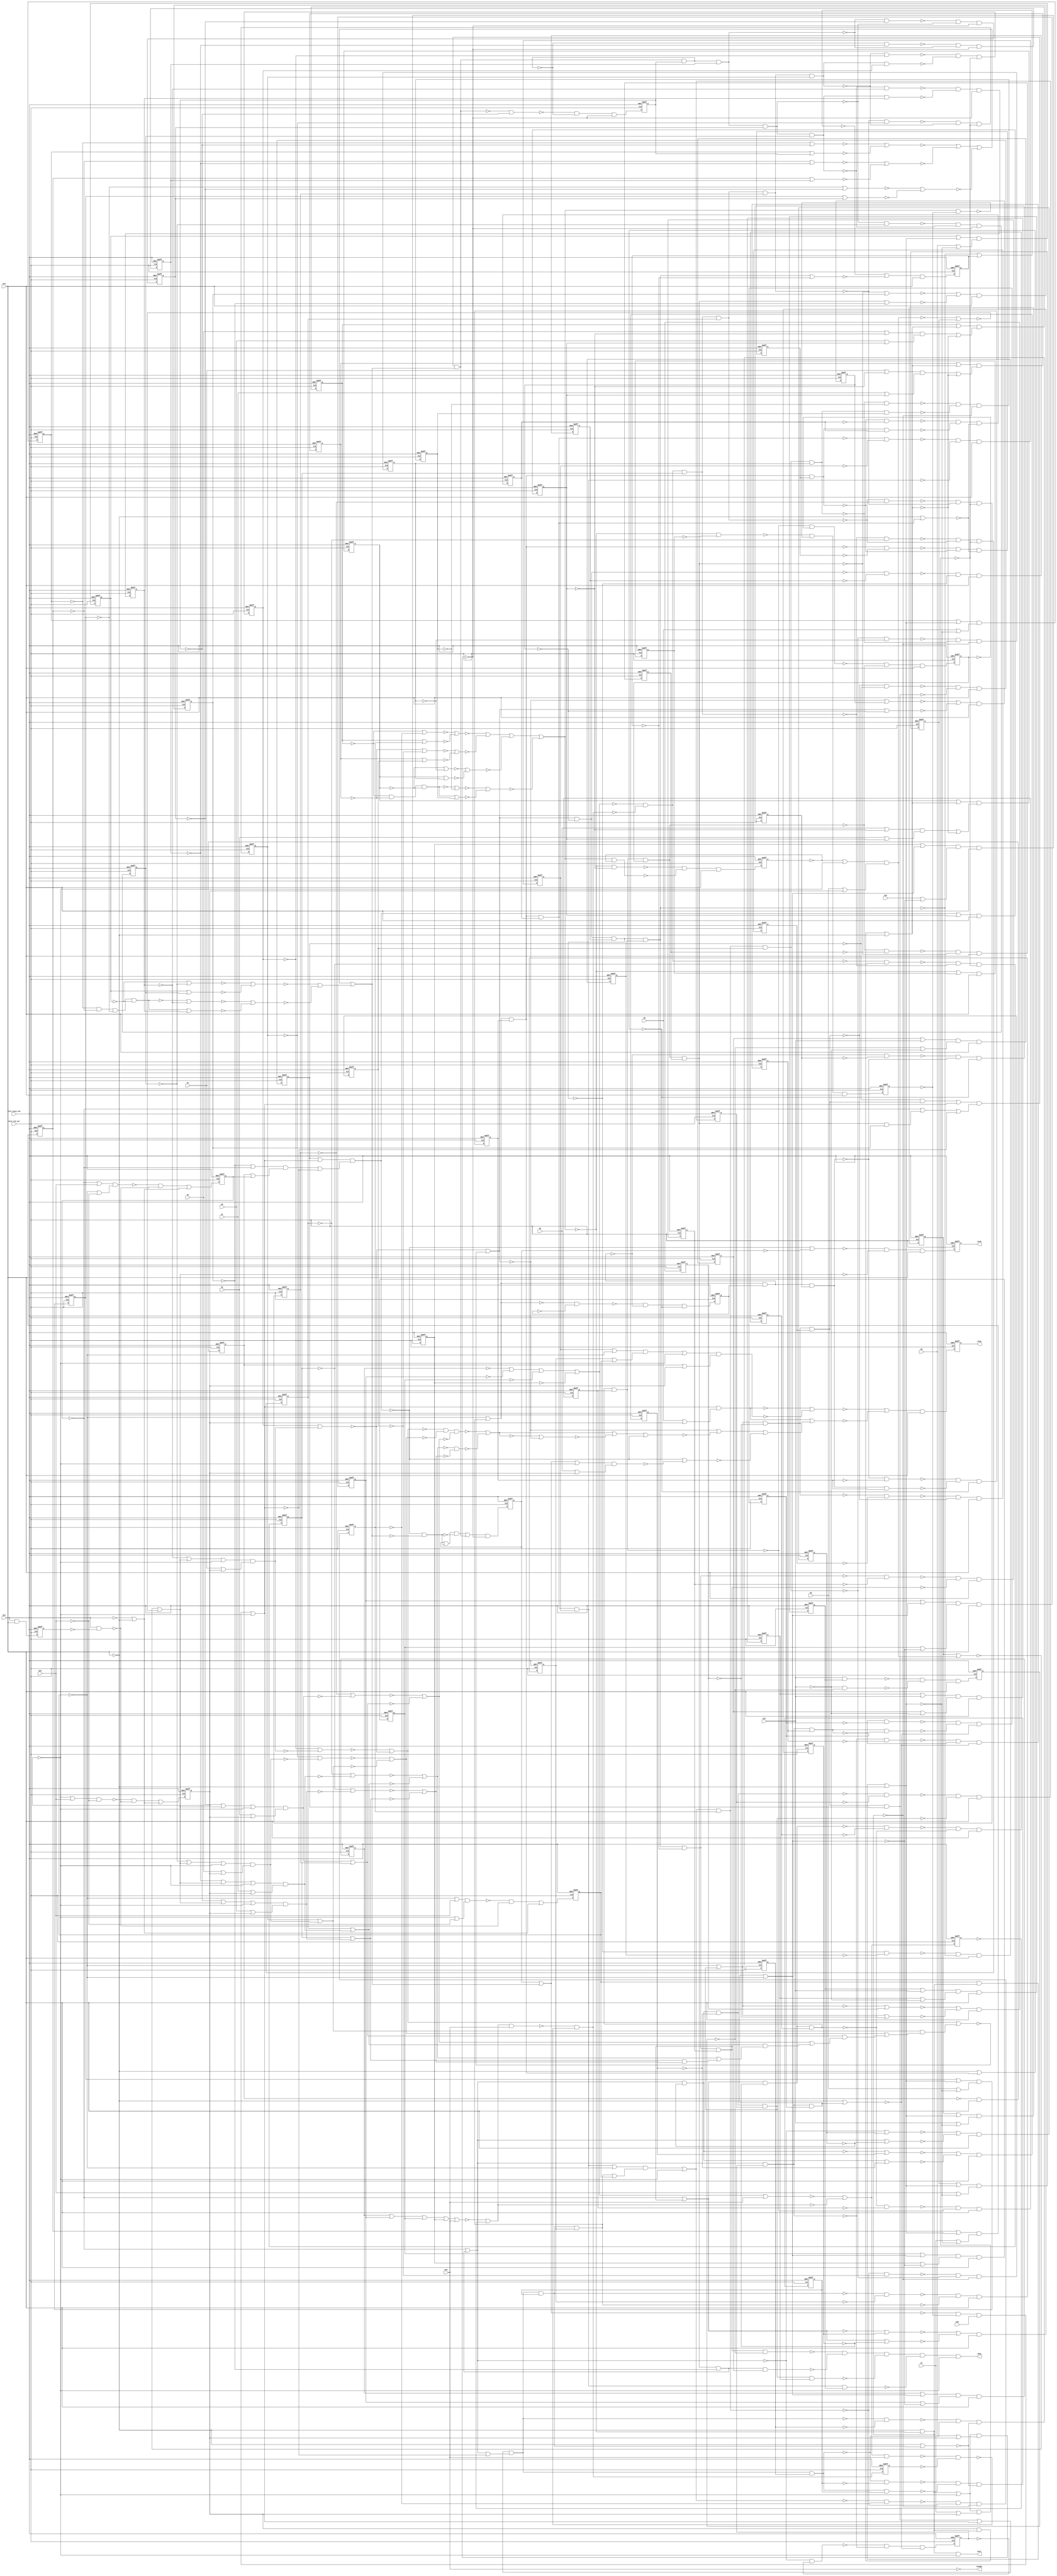
module s1423_bench(
  blif_clk_net,
  blif_reset_net,
  G0,
  G1,
  G2,
  G3,
  G4,
  G5,
  G6,
  G7,
  G8,
  G9,
  G10,
  G11,
  G12,
  G13,
  G14,
  G15,
  G16,
  G726,
  G729,
  G702,
  G727,
  G701BF);
input blif_clk_net;
input blif_reset_net;
input G0;
input G1;
input G2;
input G3;
input G4;
input G5;
input G6;
input G7;
input G8;
input G9;
input G10;
input G11;
input G12;
input G13;
input G14;
input G15;
input G16;
output G726;
output G729;
output G702;
output G727;
output G701BF;
reg G22;
reg G23;
reg G24;
reg G25;
reg G26;
reg G27;
reg G28;
reg G29;
reg G30;
reg G31;
reg G32;
reg G33;
reg G34;
reg G35;
reg G36;
reg G37;
reg G38;
reg G39;
reg G40;
reg G41;
reg G42;
reg G43;
reg G44;
reg G45;
reg G46;
reg G47;
reg G48;
reg G49;
reg G50;
reg G51;
reg G52;
reg G53;
reg G54;
reg G55;
reg G56;
reg G57;
reg G58;
reg G59;
reg G60;
reg G61;
reg G62;
reg G63;
reg G64;
reg G65;
reg G66;
reg G67;
reg G68;
reg G69;
reg G70;
reg G71;
reg G72;
reg G73;
reg G74;
reg G75;
reg G76;
reg G77;
reg G78;
reg G79;
reg G80;
reg G81;
reg G82;
reg G83;
reg G84;
reg G85;
reg G86;
reg G87;
reg G88;
reg G89;
reg G90;
reg G91;
reg G92;
reg G93;
reg G94;
reg G95;
wire G615;
wire G639;
wire G260;
wire G228;
wire G196;
wire G720;
wire G573;
wire G546;
wire G140;
wire G489;
wire G371;
wire G683;
wire G498;
wire G161;
wire G453;
wire G395;
wire G301;
wire G209;
wire G564;
wire G698;
wire G365;
wire G356;
wire G295;
wire G627;
wire G313;
wire G270;
wire G522;
wire G134;
wire G218;
wire G269;
wire G122;
wire G503;
wire G606;
wire G389;
wire G151;
wire G641;
wire G412;
wire G689;
wire G725;
wire G405;
wire G638;
wire G434;
wire G310;
wire II1248;
wire G238;
wire G114;
wire G302;
wire G246;
wire G175;
wire G398;
wire G172;
wire G609;
wire II1254;
wire G617;
wire G421;
wire G714;
wire G490;
wire G510;
wire G341;
wire G373;
wire G213;
wire G661;
wire G465;
wire II1242;
wire G444;
wire G716;
wire G620;
wire G354;
wire G344;
wire G300;
wire G594;
wire G722;
wire G320;
wire G566;
wire G587;
wire G488;
wire G239;
wire G419;
wire G414;
wire G312;
wire G551;
wire G227;
wire G539;
wire II1233;
wire G392;
wire G162;
wire G197;
wire G164;
wire G637;
wire G668;
wire II1267;
wire G359;
wire G364;
wire G404;
wire G141;
wire G499;
wire G123;
wire G642;
wire G343;
wire G268;
wire II1183;
wire G563;
wire G709;
wire G97;
wire G271;
wire G435;
wire G150;
wire G379;
wire G474;
wire G225;
wire G135;
wire G656;
wire G717;
wire G290;
wire G188;
wire G303;
wire G397;
wire G240;
wire G470;
wire G247;
wire G652;
wire G257;
wire G212;
wire G442;
wire G98;
wire G443;
wire G372;
wire G631;
wire G607;
wire G183;
wire G511;
wire G500;
wire G532;
wire G616;
wire G173;
wire G336;
wire G452;
wire G108;
wire G449;
wire G669;
wire G584;
wire G574;
wire G479;
wire G621;
wire G180;
wire G662;
wire G684;
wire G323;
wire G543;
wire G100;
wire G595;
wire G521;
wire G567;
wire G124;
wire G120;
wire G602;
wire G299;
wire G630;
wire G368;
wire G636;
wire G207;
wire G675;
wire G273;
wire G515;
wire G487;
wire G723;
wire G524;
wire G258;
wire G129;
wire II1;
wire G492;
wire G193;
wire G618;
wire G160;
wire G184;
wire G647;
wire G132;
wire G256;
wire G380;
wire G436;
wire G424;
wire G158;
wire G576;
wire G113;
wire G272;
wire G708;
wire G403;
wire G319;
wire G222;
wire G486;
wire II1211;
wire G558;
wire G189;
wire G592;
wire G219;
wire G441;
wire G604;
wire G338;
wire G115;
wire G480;
wire G649;
wire G417;
wire G374;
wire G243;
wire G544;
wire G157;
wire G328BF;
wire G512;
wire II1230;
wire G107;
wire G437;
wire G699;
wire G549;
wire G696;
wire G402;
wire G496;
wire G575;
wire G501;
wire G676;
wire G279;
wire G277;
wire G262;
wire G215;
wire G728;
wire G223;
wire G362;
wire G718;
wire G396;
wire G292;
wire G235;
wire G352;
wire G142;
wire G346;
wire G461;
wire G288;
wire G206;
wire G585;
wire G304;
wire G101;
wire G121;
wire G523;
wire G469;
wire G261;
wire G648;
wire G159;
wire G677;
wire G622;
wire G255;
wire G321;
wire G259;
wire G531;
wire G185;
wire G311;
wire G719;
wire G337;
wire G192;
wire G195;
wire G598;
wire G330;
wire G204;
wire G168;
wire G666;
wire G581;
wire G707;
wire G658;
wire G318;
wire G422;
wire G328;
wire G274;
wire G357;
wire G477;
wire G394;
wire G226;
wire G577;
wire G224;
wire G99;
wire G591;
wire G460;
wire G116;
wire G112;
wire G411;
wire G721;
wire G448;
wire G593;
wire G287;
wire G557;
wire G459;
wire G534;
wire G306;
wire G182;
wire G170;
wire G214;
wire G655;
wire G674;
wire G133;
wire II1257;
wire G242;
wire G440;
wire G345;
wire G550;
wire G513;
wire G401;
wire G232;
wire G686;
wire G194;
wire G605;
wire G497;
wire G667;
wire G514;
wire G278;
wire G695;
wire G701;
wire G491;
wire G305;
wire G143;
wire G429;
wire G355;
wire G472;
wire G565;
wire G106;
wire G706;
wire G178;
wire G333;
wire G381;
wire G645;
wire G167;
wire G430;
wire G234;
wire G462;
wire G291;
wire G361;
wire G590;
wire G640;
wire G138;
wire G690;
wire G438;
wire G541;
wire G623;
wire G217;
wire G200;
wire G456;
wire G353;
wire G254;
wire G191;
wire G105;
wire G144;
wire G700;
wire G670;
wire G678;
wire G329;
wire G710;
wire G147;
wire G580;
wire G493;
wire G297;
wire G117;
wire G560;
wire G506;
wire G610;
wire G447;
wire G694;
wire G600;
wire G485;
wire G176;
wire G578;
wire G210;
wire G457;
wire II1203;
wire G284;
wire G325;
wire G526;
wire G634;
wire G221;
wire G633;
wire G400;
wire G307;
wire G386;
wire G554;
wire G187;
wire G611;
wire G629;
wire G118;
wire G650;
wire G130;
wire G478;
wire G348;
wire G624;
wire G635;
wire G705;
wire G685;
wire G426;
wire G533;
wire G599;
wire G314;
wire G126;
wire G517;
wire G366;
wire G377;
wire G169;
wire G111;
wire II1227;
wire G171;
wire G263;
wire G385;
wire G233;
wire G450;
wire G324;
wire G166;
wire G507;
wire G525;
wire G446;
wire G216;
wire G471;
wire G282;
wire G286;
wire G439;
wire G369;
wire G653;
wire G145;
wire G253;
wire G596;
wire G136;
wire G494;
wire G464;
wire G332;
wire G391;
wire G190;
wire G245;
wire G155;
wire G128;
wire G409;
wire G285;
wire G308;
wire G431;
wire G420;
wire II12;
wire G603;
wire G612;
wire G688;
wire G423;
wire G559;
wire G619;
wire G316;
wire G542;
wire II1251;
wire G104;
wire G458;
wire G360;
wire G484;
wire G579;
wire G384;
wire II1245;
wire G711;
wire G205;
wire G536;
wire G375;
wire G704;
wire G673;
wire G561;
wire G376;
wire G201;
wire G264;
wire II1236;
wire G416;
wire G628;
wire G294;
wire G276;
wire G527;
wire G339;
wire II1264;
wire G509;
wire G625;
wire G547;
wire G553;
wire G127;
wire G156;
wire G657;
wire G252;
wire G332BF;
wire G110;
wire G425;
wire G475;
wire G119;
wire G131;
wire G693;
wire G516;
wire II1239;
wire G331;
wire G418;
wire G347;
wire G665;
wire G363;
wire G583;
wire G413;
wire G495;
wire G552;
wire G315;
wire G463;
wire G481;
wire G244;
wire G445;
wire G597;
wire G351;
wire G556;
wire G427;
wire G236;
wire G393;
wire G692;
wire G613;
wire G248;
wire G660;
wire G137;
wire G165;
wire G538;
wire G529;
wire G383;
wire G483;
wire G432;
wire G697;
wire G504;
wire G342;
wire G174;
wire G467;
wire G378;
wire G309;
wire G146;
wire G198;
wire G289;
wire G703;
wire G408;
wire G562;
wire G387;
wire G680;
wire G671;
wire G632;
wire G251;
wire G163;
wire G148;
wire G687;
wire G588;
wire G664;
wire G715;
wire G153;
wire G519;
wire G681;
wire G230;
wire G283;
wire G103;
wire G326;
wire G601;
wire G644;
wire G570;
wire G177;
wire G208;
wire G211;
wire G548;
wire G724;
wire G672;
wire G626;
wire G293;
wire G265;
wire G410;
wire G267;
wire G275;
wire G406;
wire G646;
wire G520;
wire G679;
wire G335;
wire G281;
wire G322;
wire G202;
wire G582;
wire G358;
wire G508;
wire G712;
wire G535;
wire II1260;
wire G370;
wire G614;
wire G149;
wire G568;
wire G468;
wire G572;
wire G713;
wire G139;
wire G109;
wire G537;
wire G237;
wire G528;
wire G555;
wire G428;
wire G473;
wire G125;
wire G691;
wire G181;
wire G659;
wire G298;
wire G454;
wire G350;
wire G476;
wire G229;
wire G296;
wire G651;
wire G199;
wire G399;
wire G482;
wire G569;
wire G589;
wire G608;
wire G179;
wire G654;
wire G502;
wire G102;
wire G317;
wire G382;
wire G388;
wire G152;
wire G643;
wire G250;
wire G241;
wire G586;
wire G334;
wire G505;
wire G407;
wire G231;
wire G280;
wire G571;
wire II1162;
wire G415;
wire G327;
wire G266;
wire G203;
wire G186;
wire G455;
wire G96;
wire G466;
wire G682;
wire G451;
wire G249;
wire G220;
wire G540;
wire G390;
wire G367;
wire G663;
wire G349;
wire G433;
wire G545;
wire G530;
wire G518;
wire G340;
wire G154;
always @(posedge blif_clk_net or posedge blif_reset_net)
  if(blif_reset_net == 1)
    G22 <= 0;
  else
    G22 <= G332BF;
always @(posedge blif_clk_net or posedge blif_reset_net)
  if(blif_reset_net == 1)
    G23 <= 0;
  else
    G23 <= G328BF;
always @(posedge blif_clk_net or posedge blif_reset_net)
  if(blif_reset_net == 1)
    G24 <= 0;
  else
    G24 <= G109;
always @(posedge blif_clk_net or posedge blif_reset_net)
  if(blif_reset_net == 1)
    G25 <= 0;
  else
    G25 <= G113;
always @(posedge blif_clk_net or posedge blif_reset_net)
  if(blif_reset_net == 1)
    G26 <= 0;
  else
    G26 <= G118;
always @(posedge blif_clk_net or posedge blif_reset_net)
  if(blif_reset_net == 1)
    G27 <= 0;
  else
    G27 <= G125;
always @(posedge blif_clk_net or posedge blif_reset_net)
  if(blif_reset_net == 1)
    G28 <= 0;
  else
    G28 <= G129;
always @(posedge blif_clk_net or posedge blif_reset_net)
  if(blif_reset_net == 1)
    G29 <= 0;
  else
    G29 <= G140;
always @(posedge blif_clk_net or posedge blif_reset_net)
  if(blif_reset_net == 1)
    G30 <= 0;
  else
    G30 <= G144;
always @(posedge blif_clk_net or posedge blif_reset_net)
  if(blif_reset_net == 1)
    G31 <= 0;
  else
    G31 <= G149;
always @(posedge blif_clk_net or posedge blif_reset_net)
  if(blif_reset_net == 1)
    G32 <= 0;
  else
    G32 <= G154;
always @(posedge blif_clk_net or posedge blif_reset_net)
  if(blif_reset_net == 1)
    G33 <= 0;
  else
    G33 <= G159;
always @(posedge blif_clk_net or posedge blif_reset_net)
  if(blif_reset_net == 1)
    G34 <= 0;
  else
    G34 <= G166;
always @(posedge blif_clk_net or posedge blif_reset_net)
  if(blif_reset_net == 1)
    G35 <= 0;
  else
    G35 <= G175;
always @(posedge blif_clk_net or posedge blif_reset_net)
  if(blif_reset_net == 1)
    G36 <= 0;
  else
    G36 <= G189;
always @(posedge blif_clk_net or posedge blif_reset_net)
  if(blif_reset_net == 1)
    G37 <= 0;
  else
    G37 <= G193;
always @(posedge blif_clk_net or posedge blif_reset_net)
  if(blif_reset_net == 1)
    G38 <= 0;
  else
    G38 <= G198;
always @(posedge blif_clk_net or posedge blif_reset_net)
  if(blif_reset_net == 1)
    G39 <= 0;
  else
    G39 <= G208;
always @(posedge blif_clk_net or posedge blif_reset_net)
  if(blif_reset_net == 1)
    G40 <= 0;
  else
    G40 <= G214;
always @(posedge blif_clk_net or posedge blif_reset_net)
  if(blif_reset_net == 1)
    G41 <= 0;
  else
    G41 <= G218;
always @(posedge blif_clk_net or posedge blif_reset_net)
  if(blif_reset_net == 1)
    G42 <= 0;
  else
    G42 <= G237;
always @(posedge blif_clk_net or posedge blif_reset_net)
  if(blif_reset_net == 1)
    G43 <= 0;
  else
    G43 <= G242;
always @(posedge blif_clk_net or posedge blif_reset_net)
  if(blif_reset_net == 1)
    G44 <= 0;
  else
    G44 <= G247;
always @(posedge blif_clk_net or posedge blif_reset_net)
  if(blif_reset_net == 1)
    G45 <= 0;
  else
    G45 <= G252;
always @(posedge blif_clk_net or posedge blif_reset_net)
  if(blif_reset_net == 1)
    G46 <= 0;
  else
    G46 <= G260;
always @(posedge blif_clk_net or posedge blif_reset_net)
  if(blif_reset_net == 1)
    G47 <= 0;
  else
    G47 <= G303;
always @(posedge blif_clk_net or posedge blif_reset_net)
  if(blif_reset_net == 1)
    G48 <= 0;
  else
    G48 <= G309;
always @(posedge blif_clk_net or posedge blif_reset_net)
  if(blif_reset_net == 1)
    G49 <= 0;
  else
    G49 <= G315;
always @(posedge blif_clk_net or posedge blif_reset_net)
  if(blif_reset_net == 1)
    G50 <= 0;
  else
    G50 <= G321;
always @(posedge blif_clk_net or posedge blif_reset_net)
  if(blif_reset_net == 1)
    G51 <= 0;
  else
    G51 <= G360;
always @(posedge blif_clk_net or posedge blif_reset_net)
  if(blif_reset_net == 1)
    G52 <= 0;
  else
    G52 <= G365;
always @(posedge blif_clk_net or posedge blif_reset_net)
  if(blif_reset_net == 1)
    G53 <= 0;
  else
    G53 <= G373;
always @(posedge blif_clk_net or posedge blif_reset_net)
  if(blif_reset_net == 1)
    G54 <= 0;
  else
    G54 <= G379;
always @(posedge blif_clk_net or posedge blif_reset_net)
  if(blif_reset_net == 1)
    G55 <= 0;
  else
    G55 <= G384;
always @(posedge blif_clk_net or posedge blif_reset_net)
  if(blif_reset_net == 1)
    G56 <= 0;
  else
    G56 <= G392;
always @(posedge blif_clk_net or posedge blif_reset_net)
  if(blif_reset_net == 1)
    G57 <= 0;
  else
    G57 <= G397;
always @(posedge blif_clk_net or posedge blif_reset_net)
  if(blif_reset_net == 1)
    G58 <= 0;
  else
    G58 <= G405;
always @(posedge blif_clk_net or posedge blif_reset_net)
  if(blif_reset_net == 1)
    G59 <= 0;
  else
    G59 <= G408;
always @(posedge blif_clk_net or posedge blif_reset_net)
  if(blif_reset_net == 1)
    G60 <= 0;
  else
    G60 <= G416;
always @(posedge blif_clk_net or posedge blif_reset_net)
  if(blif_reset_net == 1)
    G61 <= 0;
  else
    G61 <= G424;
always @(posedge blif_clk_net or posedge blif_reset_net)
  if(blif_reset_net == 1)
    G62 <= 0;
  else
    G62 <= G427;
always @(posedge blif_clk_net or posedge blif_reset_net)
  if(blif_reset_net == 1)
    G63 <= 0;
  else
    G63 <= G438;
always @(posedge blif_clk_net or posedge blif_reset_net)
  if(blif_reset_net == 1)
    G64 <= 0;
  else
    G64 <= G441;
always @(posedge blif_clk_net or posedge blif_reset_net)
  if(blif_reset_net == 1)
    G65 <= 0;
  else
    G65 <= G447;
always @(posedge blif_clk_net or posedge blif_reset_net)
  if(blif_reset_net == 1)
    G66 <= 0;
  else
    G66 <= G451;
always @(posedge blif_clk_net or posedge blif_reset_net)
  if(blif_reset_net == 1)
    G67 <= 0;
  else
    G67 <= G459;
always @(posedge blif_clk_net or posedge blif_reset_net)
  if(blif_reset_net == 1)
    G68 <= 0;
  else
    G68 <= G464;
always @(posedge blif_clk_net or posedge blif_reset_net)
  if(blif_reset_net == 1)
    G69 <= 0;
  else
    G69 <= G469;
always @(posedge blif_clk_net or posedge blif_reset_net)
  if(blif_reset_net == 1)
    G70 <= 0;
  else
    G70 <= G477;
always @(posedge blif_clk_net or posedge blif_reset_net)
  if(blif_reset_net == 1)
    G71 <= 0;
  else
    G71 <= G494;
always @(posedge blif_clk_net or posedge blif_reset_net)
  if(blif_reset_net == 1)
    G72 <= 0;
  else
    G72 <= G498;
always @(posedge blif_clk_net or posedge blif_reset_net)
  if(blif_reset_net == 1)
    G73 <= 0;
  else
    G73 <= G503;
always @(posedge blif_clk_net or posedge blif_reset_net)
  if(blif_reset_net == 1)
    G74 <= 0;
  else
    G74 <= G526;
always @(posedge blif_clk_net or posedge blif_reset_net)
  if(blif_reset_net == 1)
    G75 <= 0;
  else
    G75 <= G531;
always @(posedge blif_clk_net or posedge blif_reset_net)
  if(blif_reset_net == 1)
    G76 <= 0;
  else
    G76 <= G536;
always @(posedge blif_clk_net or posedge blif_reset_net)
  if(blif_reset_net == 1)
    G77 <= 0;
  else
    G77 <= G541;
always @(posedge blif_clk_net or posedge blif_reset_net)
  if(blif_reset_net == 1)
    G78 <= 0;
  else
    G78 <= G548;
always @(posedge blif_clk_net or posedge blif_reset_net)
  if(blif_reset_net == 1)
    G79 <= 0;
  else
    G79 <= G565;
always @(posedge blif_clk_net or posedge blif_reset_net)
  if(blif_reset_net == 1)
    G80 <= 0;
  else
    G80 <= G569;
always @(posedge blif_clk_net or posedge blif_reset_net)
  if(blif_reset_net == 1)
    G81 <= 0;
  else
    G81 <= G573;
always @(posedge blif_clk_net or posedge blif_reset_net)
  if(blif_reset_net == 1)
    G82 <= 0;
  else
    G82 <= G577;
always @(posedge blif_clk_net or posedge blif_reset_net)
  if(blif_reset_net == 1)
    G83 <= 0;
  else
    G83 <= G590;
always @(posedge blif_clk_net or posedge blif_reset_net)
  if(blif_reset_net == 1)
    G84 <= 0;
  else
    G84 <= G608;
always @(posedge blif_clk_net or posedge blif_reset_net)
  if(blif_reset_net == 1)
    G85 <= 0;
  else
    G85 <= G613;
always @(posedge blif_clk_net or posedge blif_reset_net)
  if(blif_reset_net == 1)
    G86 <= 0;
  else
    G86 <= G657;
always @(posedge blif_clk_net or posedge blif_reset_net)
  if(blif_reset_net == 1)
    G87 <= 0;
  else
    G87 <= G663;
always @(posedge blif_clk_net or posedge blif_reset_net)
  if(blif_reset_net == 1)
    G88 <= 0;
  else
    G88 <= G669;
always @(posedge blif_clk_net or posedge blif_reset_net)
  if(blif_reset_net == 1)
    G89 <= 0;
  else
    G89 <= G675;
always @(posedge blif_clk_net or posedge blif_reset_net)
  if(blif_reset_net == 1)
    G90 <= 0;
  else
    G90 <= G682;
always @(posedge blif_clk_net or posedge blif_reset_net)
  if(blif_reset_net == 1)
    G91 <= 0;
  else
    G91 <= G687;
always @(posedge blif_clk_net or posedge blif_reset_net)
  if(blif_reset_net == 1)
    G92 <= 0;
  else
    G92 <= G693;
always @(posedge blif_clk_net or posedge blif_reset_net)
  if(blif_reset_net == 1)
    G93 <= 0;
  else
    G93 <= G705;
always @(posedge blif_clk_net or posedge blif_reset_net)
  if(blif_reset_net == 1)
    G94 <= 0;
  else
    G94 <= G707;
always @(posedge blif_clk_net or posedge blif_reset_net)
  if(blif_reset_net == 1)
    G95 <= 0;
  else
    G95 <= G713;
assign G615 = ((~G616));
assign G639 = (G99)|(G645);
assign G260 = (G256&G258);
assign G228 = (G223&G41);
assign G196 = (G202&G37);
assign G720 = ((~II1242));
assign G573 = (G571&G572);
assign G546 = ((~G553)&(~G78));
assign G140 = (G137&G139);
assign G489 = (G508&G509);
assign G371 = ((~G372));
assign G683 = (G684&G685);
assign G498 = (G496&G497);
assign G161 = ((~G171)&(~G33));
assign G301 = ((~G50))|((~G49))|((~G48))|((~G47));
assign G209 = (G183)|(G210);
assign G453 = (G615&G445);
assign G395 = (G394&G55);
assign G564 = (G715)|(G562);
assign G698 = (G348)|(G695);
assign G365 = (G366&G364);
assign G356 = (G225)|(G355);
assign G295 = (G46)|(G105);
assign G627 = (G476)|(G645);
assign G313 = (G47)|(G311);
assign G270 = ((~G285))|((~G295));
assign G522 = (G348)|(G228);
assign G134 = (G133&G25);
assign G218 = (G219&G217);
assign G269 = ((~G284))|((~G294));
assign G122 = ((~G123))|((~G126));
assign G503 = (G501&G502);
assign G606 = (G84)|(G610);
assign G389 = ((~G395)&(~G56));
assign G151 = ((~G169)&(~G31));
assign G641 = ((~G645));
assign G412 = (G335&G57);
assign G689 = ((~G696));
assign G725 = ((~II1257));
assign G405 = (G401&G403);
assign G638 = ((~G645));
assign G434 = (G342)|(G645);
assign G310 = (G312&G313);
assign G702 = (G703&G645);
assign G238 = ((~G239)&(~G240));
assign II1248 = ((~G2));
assign G114 = ((~G115)&(~G116));
assign G302 = ((~G712));
assign G246 = ((~G259));
assign G175 = (G176&G174);
assign G398 = ((~G399)&(~G400));
assign G172 = (G171&G33);
assign G609 = ((~G610));
assign II1254 = ((~G4));
assign G617 = ((~G645));
assign G421 = ((~G431)&(~G61));
assign G714 = ((~G701));
assign G490 = (G512&G513);
assign G510 = ((~G511));
assign G341 = (G185)|(G339);
assign G373 = (G369&G371);
assign G213 = ((~G712));
assign G661 = ((~G94));
assign G465 = ((~G466)&(~G467));
assign II1242 = ((~G0));
assign G444 = ((~G615)&(~G64));
assign G716 = ((~II1230));
assign G620 = ((~G645));
assign G354 = ((~G355));
assign G344 = (G229)|(G348);
assign G300 = (G50)|(G49)|(G48)|(G47);
assign G594 = (G83)|(G593);
assign G722 = ((~II1248));
assign G320 = ((~G712));
assign G566 = ((~G610));
assign G587 = (G561)|(G78);
assign G488 = (G505&G506);
assign G239 = ((~G299)&(~G42));
assign G419 = (G358&G60);
assign G414 = (G413&G59);
assign G312 = (G48)|(G324);
assign G551 = (G550&G75);
assign G227 = (G172&G178);
assign G539 = (G551&G76);
assign II1233 = ((~G8));
assign G392 = (G388&G390);
assign G162 = (G171&G33);
assign G197 = ((~G712));
assign G164 = ((~G172))|((~G178));
assign G637 = (G722)|(G635);
assign G668 = ((~G712));
assign II1267 = ((~G95));
assign G359 = ((~G372));
assign G364 = ((~G372));
assign G404 = (G712)|(G413);
assign G141 = (G177)|(G142);
assign G499 = ((~G500));
assign G123 = ((~G135))|((~G127));
assign G642 = (G100)|(G645);
assign G343 = ((~G348));
assign G268 = ((~G288))|((~G293));
assign II1183 = ((~G11));
assign G563 = (G79)|(G610);
assign G97 = ((~G75))|((~G596));
assign G709 = (G678&G89);
assign G271 = (G275&G266);
assign G435 = (G340&G341);
assign G150 = ((~G151)&(~G152));
assign G379 = (G380&G378);
assign G474 = ((~G481)&(~G70));
assign G225 = (G204&G203);
assign G135 = (G134&G26);
assign G656 = ((~G712));
assign G717 = ((~II1233));
assign G290 = ((~G267)&(~G266));
assign G188 = ((~G712));
assign G303 = (G304&G302);
assign G397 = (G398&G396);
assign G240 = (G299&G42);
assign G470 = ((~G471)&(~G472));
assign G247 = (G248&G246);
assign G652 = (G228&G88);
assign G257 = ((~G265)&(~G46));
assign G212 = ((~G222))|((~G216));
assign G442 = ((~G443)&(~G444));
assign G98 = ((~G76))|((~G596));
assign G443 = (G615&G511);
assign G372 = (G712)|(G358);
assign G607 = (G696)|(G605);
assign G631 = (G720)|(G629);
assign G183 = (G180)|(G227);
assign G511 = ((~G63));
assign G500 = (G654)|(G712);
assign G532 = ((~G533)&(~G534));
assign G616 = ((~G482))|((~G483))|((~G484))|((~G485));
assign G452 = ((~G453)&(~G454));
assign G173 = (G172&G34);
assign G336 = ((~G355));
assign G108 = ((~G712));
assign G449 = ((~G66));
assign G669 = (G670&G668);
assign G584 = (G80)|(G75);
assign G574 = ((~G610));
assign G621 = (G614)|(G645);
assign G479 = (G434&G67);
assign G180 = ((~G92));
assign G662 = ((~G712));
assign G684 = (G645)|(G696);
assign G323 = ((~G324));
assign G543 = ((~G552)&(~G77));
assign G100 = ((~G78))|((~G596));
assign G595 = ((~G593));
assign G521 = (G487)|(G70);
assign G567 = (G80)|(G610);
assign G124 = ((~G712));
assign G120 = ((~G134)&(~G26));
assign G602 = (G85)|(G601);
assign G299 = ((~G301)&(~G328));
assign G630 = (G96)|(G645);
assign G368 = (G375&G52);
assign G636 = (G98)|(G645);
assign G207 = ((~G712));
assign G675 = (G676&G674);
assign G273 = (G278&G279);
assign G515 = ((~G72))|((~G68));
assign G487 = ((~G71)&(~G72)&(~G73));
assign G524 = (G554)|(G555);
assign G723 = ((~II1251));
assign G258 = ((~G259));
assign G129 = (G130&G128);
assign II1 = ((~G332));
assign G492 = (G71)|(G500);
assign G193 = (G194&G192);
assign G618 = (G457)|(G645);
assign G160 = ((~G161)&(~G162));
assign G184 = (G180)|(G173);
assign G647 = (G725)|(G644);
assign G256 = ((~G257)&(~G261));
assign G132 = (G136&G28);
assign G380 = ((~G381)&(~G382));
assign G436 = (G352&G353);
assign G424 = (G420&G422);
assign G158 = ((~G712));
assign G576 = (G718)|(G574);
assign G113 = (G114&G112);
assign G708 = ((~G709)&(~G710));
assign G272 = (G276&G277);
assign G403 = ((~G404));
assign G319 = (G48)|(G317);
assign G222 = (G183&G210);
assign G486 = ((~G712));
assign II1211 = ((~G701));
assign G558 = ((~G580))|((~G585));
assign G189 = (G186&G188);
assign G592 = (G594&G595);
assign G219 = ((~G220)&(~G221));
assign G441 = (G442&G440);
assign G604 = (G433&G524);
assign G338 = (G183)|(G336);
assign G115 = ((~G133)&(~G25));
assign G480 = (G479&G68);
assign G649 = (G618&G619);
assign G417 = ((~G418)&(~G419));
assign G374 = (G376&G53);
assign G243 = ((~G244)&(~G245));
assign G544 = (G552&G77);
assign G157 = (G170&G32);
assign G328BF = ((~II12));
assign G512 = (G725)|(G511);
assign G701BF = ((~II1211));
assign II1230 = ((~G7));
assign G107 = ((~G700))|((~G111));
assign G437 = ((~G712));
assign G699 = (G658)|(G712);
assign G549 = (G553&G78);
assign G696 = ((~II1203));
assign G402 = ((~G412)&(~G58));
assign G496 = (G72)|(G500);
assign G575 = (G82)|(G610);
assign G501 = (G73)|(G500);
assign G676 = (G679&G680);
assign G279 = (G268)|(G272);
assign G215 = (G222)|(G216);
assign G277 = (G267)|(G271);
assign G262 = (G299&G42);
assign G728 = ((~II1264));
assign G223 = (G222&G216);
assign G362 = ((~G523)&(~G51));
assign G718 = ((~II1236));
assign G396 = ((~G404));
assign G292 = (G43)|(G102);
assign G235 = (G649)|(G233);
assign G352 = (G346)|(G645);
assign G142 = ((~G29));
assign G346 = (G349&G350);
assign G461 = ((~G434)&(~G67));
assign G288 = ((~G44))|((~G103));
assign G206 = ((~G183))|((~G210));
assign G585 = (G81)|(G76);
assign G304 = (G306&G307);
assign G101 = (G630&G631);
assign G121 = (G134&G26);
assign G523 = (G348)|(G414);
assign G469 = (G470&G468);
assign G261 = (G265&G46);
assign G648 = (G646&G647);
assign G159 = (G160&G158);
assign G622 = (G717)|(G620);
assign G677 = ((~G678));
assign G255 = (G264&G45);
assign G321 = (G322&G320);
assign G259 = (G624&G625);
assign G531 = (G532&G530);
assign G185 = (G181&G182);
assign G311 = ((~G324));
assign G719 = ((~II1239));
assign G337 = (G224)|(G355);
assign G192 = ((~G712));
assign G195 = ((~G202)&(~G37));
assign G598 = ((~G435))|((~G83));
assign G330 = (G332&G714);
assign G204 = ((~G38));
assign G168 = (G177&G142);
assign G666 = (G87)|(G678);
assign G581 = ((~G82))|((~G77));
assign G707 = (G708&G706);
assign G658 = ((~G659));
assign G318 = (G49)|(G324);
assign G422 = ((~G423));
assign G328 = ((~G329)&(~G327));
assign G274 = (G280&G281);
assign G357 = (G184)|(G354);
assign G477 = (G473&G475);
assign G394 = (G183&G54);
assign G226 = (G136&G28);
assign G577 = (G575&G576);
assign G224 = (G203&G38);
assign G99 = ((~G77))|((~G596));
assign G591 = (G592)|(G604);
assign G460 = ((~G461)&(~G462));
assign G116 = (G133&G25);
assign G112 = ((~G712));
assign G411 = (G413&G59);
assign G721 = ((~II1245));
assign G448 = (G615)|(G65);
assign G593 = ((~G435)&(~G524));
assign G287 = ((~G43))|((~G102));
assign G557 = ((~G579))|((~G584));
assign G459 = (G460&G458);
assign G534 = (G550&G75);
assign G306 = (G47)|(G324);
assign G182 = (G35)|(G179);
assign G170 = (G169&G31);
assign G214 = (G211&G213);
assign G655 = (G91&G476);
assign G674 = ((~G712));
assign G133 = (G700&G111);
assign II1257 = ((~G5));
assign G242 = (G243&G241);
assign G440 = ((~G712));
assign G345 = (G414)|(G343);
assign G550 = (G604&G74);
assign G513 = (G722)|(G510);
assign G401 = ((~G402)&(~G406));
assign G232 = ((~G296))|((~G298))|((~G435));
assign G686 = ((~G688)&(~G660));
assign G194 = ((~G195)&(~G196));
assign G497 = (G489)|(G495);
assign G605 = ((~G610));
assign G667 = (G661)|(G665);
assign G514 = ((~G71))|((~G67));
assign G278 = (G103)|(G44);
assign G695 = ((~G696));
assign G701 = ((~G15));
assign G491 = ((~G500));
assign G305 = ((~G324));
assign G143 = ((~G712));
assign G429 = ((~G432)&(~G62));
assign G355 = (G457)|(G645);
assign G472 = (G480&G69);
assign G565 = (G563&G564);
assign G106 = ((~G107))|((~G110));
assign G706 = ((~G712));
assign G178 = ((~G34));
assign G333 = (G300)|(G714);
assign G381 = ((~G183)&(~G54));
assign G645 = ((~G90));
assign G167 = (G172)|(G178);
assign G430 = (G432&G62);
assign G234 = ((~G649))|((~G436));
assign G291 = (G42)|(G101);
assign G361 = ((~G362)&(~G363));
assign G462 = (G434&G67);
assign G590 = (G591&G588);
assign G640 = (G723)|(G638);
assign G138 = ((~G177))|((~G142));
assign G690 = (G348)|(G696);
assign G438 = (G439&G437);
assign G541 = (G542&G540);
assign G623 = ((~G645));
assign G217 = ((~G712));
assign G200 = ((~G203)&(~G38));
assign G456 = (G83)|(G524);
assign G254 = ((~G264)&(~G45));
assign G353 = (G35)|(G351);
assign G191 = ((~G36));
assign G105 = (G642&G643);
assign G144 = (G145&G143);
assign G700 = ((~G282))|((~G283));
assign G670 = (G672&G673);
assign G678 = ((~II1183));
assign G329 = (G331&G714);
assign G710 = ((~G678)&(~G94));
assign G147 = (G168&G30);
assign G580 = ((~G81))|((~G76));
assign G493 = (G488)|(G491);
assign G297 = ((~G289))|((~G290));
assign G117 = ((~G712));
assign G560 = ((~G582))|((~G587));
assign G506 = (G720)|(G504);
assign G610 = (G655)|(G712);
assign G447 = (G448&G446);
assign G485 = ((~G517))|((~G521));
assign G694 = (G697&G698);
assign G600 = ((~G601));
assign G176 = ((~G35));
assign G578 = ((~G79))|((~G74));
assign G210 = ((~G39));
assign G457 = (G455&G449&G728);
assign II1203 = ((~G10));
assign G284 = ((~G45))|((~G104));
assign G526 = (G527&G525);
assign G325 = (G50)|(G324);
assign G634 = (G721)|(G632);
assign G221 = (G223&G41);
assign G633 = (G97)|(G645);
assign G400 = (G335&G57);
assign G307 = (G719)|(G305);
assign G386 = ((~G394)&(~G55));
assign G554 = ((~G556))|((~G557))|((~G558));
assign G187 = ((~G522))|((~G191));
assign G629 = ((~G645));
assign G611 = (G85)|(G610);
assign G118 = (G119&G117);
assign G650 = (G226&G661);
assign G130 = ((~G131)&(~G132));
assign G348 = ((~G91));
assign G478 = (G481&G70);
assign G624 = (G476)|(G645);
assign G635 = ((~G645));
assign G705 = (G230&G704);
assign G685 = ((~G696));
assign G426 = ((~G712));
assign G533 = ((~G550)&(~G75));
assign G599 = ((~G598)&(~G597));
assign G126 = (G135)|(G127);
assign G314 = ((~G712));
assign G517 = ((~G487))|((~G70));
assign G366 = ((~G367)&(~G368));
assign G377 = (G183&G54&G56);
assign G169 = (G168&G30);
assign G111 = ((~G24));
assign II1227 = ((~G6));
assign G171 = (G170&G32);
assign G263 = (G262&G43);
assign G385 = ((~G386)&(~G387));
assign G233 = ((~G700))|((~G232))|((~G231));
assign G450 = ((~G712));
assign G324 = (G377)|(G348);
assign G166 = (G163&G165);
assign G507 = ((~G511));
assign G525 = ((~G589));
assign G446 = ((~G712));
assign G216 = ((~G40));
assign G471 = ((~G480)&(~G69));
assign G282 = (G105)|(G46);
assign G286 = ((~G42))|((~G101));
assign G439 = (G435)|(G63);
assign G369 = ((~G370)&(~G374));
assign G653 = (G229&G89);
assign G596 = ((~G597));
assign G145 = ((~G146)&(~G147));
assign G253 = ((~G254)&(~G255));
assign G136 = (G135&G127);
assign G494 = (G492&G493);
assign G464 = (G465&G463);
assign G332 = ((~G334))|((~G331));
assign G391 = (G712)|(G377);
assign G190 = (G522)|(G191);
assign G155 = ((~G156)&(~G157));
assign G245 = (G262&G43);
assign G128 = ((~G712));
assign G409 = ((~G410)&(~G411));
assign G285 = ((~G46))|((~G105));
assign G308 = ((~G712));
assign G420 = ((~G421)&(~G425));
assign G431 = (G358&G60);
assign II12 = ((~G328));
assign G603 = (G600)|(G84);
assign G612 = (G678)|(G609);
assign G688 = (G690&G691);
assign G423 = (G712)|(G432);
assign G559 = ((~G581))|((~G586));
assign G619 = (G715)|(G617);
assign II1251 = ((~G3));
assign G104 = (G639&G640);
assign G316 = (G318&G319);
assign G542 = ((~G543)&(~G544));
assign G458 = ((~G476));
assign G360 = (G361&G359);
assign G484 = ((~G516))|((~G520));
assign G579 = ((~G80))|((~G75));
assign G384 = (G385&G383);
assign II1245 = ((~G1));
assign G711 = ((~G712));
assign G205 = ((~G206))|((~G209));
assign G536 = (G537&G535);
assign G375 = (G523&G51);
assign G704 = ((~G712));
assign G673 = (G87)|(G671);
assign G561 = ((~G79)&(~G80)&(~G81)&(~G82));
assign G201 = (G203&G38);
assign G376 = (G375&G52);
assign II1236 = ((~G9));
assign G264 = (G263&G44);
assign G416 = (G417&G415);
assign G628 = (G718)|(G626);
assign G294 = (G45)|(G104);
assign G276 = (G102)|(G43);
assign G339 = ((~G355));
assign II1264 = ((~G16));
assign G527 = ((~G528)&(~G529));
assign G509 = (G721)|(G507);
assign G625 = (G716)|(G623);
assign G547 = ((~G589));
assign G553 = (G552&G77);
assign G127 = ((~G27));
assign G729 = ((~II1267));
assign G156 = ((~G170)&(~G32));
assign G657 = (G659&G656);
assign G252 = (G253&G251);
assign G110 = (G700)|(G111);
assign G332BF = ((~II1));
assign G425 = (G431&G61);
assign G475 = ((~G476));
assign G119 = ((~G120)&(~G121));
assign G131 = ((~G136)&(~G28));
assign G693 = (G692)|(G699);
assign G516 = ((~G73))|((~G69));
assign II1239 = ((~G12));
assign G331 = ((~G333))|((~G22));
assign G418 = ((~G358)&(~G60));
assign G347 = ((~G348));
assign G665 = ((~G678));
assign G363 = (G523&G51);
assign G583 = (G79)|(G74);
assign G495 = ((~G500));
assign G413 = (G335&G58);
assign G552 = (G551&G76);
assign G315 = (G316&G314);
assign G463 = ((~G476));
assign G481 = (G480&G69);
assign G244 = ((~G262)&(~G43));
assign G597 = ((~G602))|((~G603));
assign G445 = ((~G65));
assign G351 = ((~G645));
assign G556 = ((~G578))|((~G583));
assign G427 = (G428&G426);
assign G236 = ((~G259));
assign G692 = ((~G694)&(~G660));
assign G393 = (G395&G56);
assign G613 = (G611&G612);
assign G248 = ((~G249)&(~G250));
assign G660 = ((~G658)&(~G86));
assign G137 = ((~G138))|((~G141));
assign G165 = ((~G712));
assign G538 = ((~G551)&(~G76));
assign G383 = ((~G391));
assign G529 = (G604&G74);
assign G483 = ((~G515))|((~G519));
assign G432 = (G358&G61);
assign G697 = (G180)|(G696);
assign G504 = ((~G511));
assign G174 = ((~G712));
assign G342 = (G344&G345);
assign G467 = (G479&G68);
assign G146 = ((~G168)&(~G30));
assign G378 = ((~G391));
assign G309 = (G310&G308);
assign G198 = (G199&G197);
assign G289 = ((~G270)&(~G269)&(~G268));
assign G703 = ((~G650)&(~G651)&(~G652)&(~G653));
assign G408 = (G409&G407);
assign G562 = ((~G610));
assign G387 = (G394&G55);
assign G680 = (G88)|(G677);
assign G671 = ((~G678));
assign G632 = ((~G645));
assign G251 = ((~G259));
assign G163 = ((~G164))|((~G167));
assign G148 = ((~G712));
assign G588 = ((~G589));
assign G687 = (G686)|(G699);
assign G715 = ((~II1227));
assign G664 = (G666&G667);
assign G153 = ((~G712));
assign G519 = (G72)|(G68);
assign G681 = ((~G683)&(~G660));
assign G230 = ((~G234))|((~G235));
assign G283 = (G270)|(G274);
assign G727 = (G476&G645);
assign G103 = (G636&G637);
assign G601 = (G621&G622);
assign G326 = (G49)|(G323);
assign G644 = ((~G645));
assign G570 = ((~G610));
assign G177 = (G180)|(G226);
assign G208 = (G205&G207);
assign G724 = ((~II1254));
assign G548 = (G545&G547);
assign G211 = ((~G212))|((~G215));
assign G672 = (G88)|(G678);
assign G626 = ((~G645));
assign G293 = (G44)|(G103);
assign G265 = (G264&G45);
assign G410 = ((~G413)&(~G59));
assign G267 = ((~G287))|((~G292));
assign G275 = (G101)|(G42);
assign G406 = (G412&G58);
assign G646 = (G456)|(G645);
assign G520 = (G73)|(G69);
assign G679 = (G89)|(G678);
assign G335 = (G337&G338);
assign G281 = (G269)|(G273);
assign G322 = (G325&G326);
assign G202 = (G522&G191);
assign G582 = ((~G561))|((~G78));
assign G358 = (G523&G53);
assign G508 = (G724)|(G511);
assign G712 = ((~G14));
assign G535 = ((~G589));
assign II1260 = ((~G93));
assign G370 = ((~G376)&(~G53));
assign G614 = ((~G64));
assign G149 = (G150&G148);
assign G568 = (G716)|(G566);
assign G468 = ((~G476));
assign G572 = (G717)|(G570);
assign G713 = (G599&G711);
assign G139 = ((~G712));
assign G109 = (G106&G108);
assign G537 = ((~G538)&(~G539));
assign G237 = (G238&G236);
assign G528 = ((~G604)&(~G74));
assign G555 = ((~G559))|((~G560));
assign G428 = ((~G429)&(~G430));
assign G473 = ((~G474)&(~G478));
assign G125 = (G122&G124);
assign G691 = (G645)|(G689);
assign G659 = ((~II1162));
assign G181 = (G178)|(G180);
assign G298 = ((~G297))|((~G700));
assign G454 = ((~G615)&(~G66));
assign G476 = ((~G486))|((~G616));
assign G350 = (G59)|(G347);
assign G229 = (G432&G62);
assign G296 = ((~G297));
assign G199 = ((~G200)&(~G201));
assign G651 = (G227&G87);
assign G399 = ((~G335)&(~G57));
assign G482 = ((~G514))|((~G518));
assign G569 = (G567&G568);
assign G589 = (G627&G628);
assign G608 = (G606&G607);
assign G179 = ((~G180));
assign G654 = (G90&G476);
assign G102 = (G633&G634);
assign G502 = (G490)|(G499);
assign G317 = ((~G324));
assign G152 = (G169&G31);
assign G382 = (G183&G54);
assign G388 = ((~G389)&(~G393));
assign G643 = (G724)|(G641);
assign G250 = (G263&G44);
assign G241 = ((~G259));
assign G586 = (G82)|(G77);
assign G334 = (G301)|(G714);
assign G407 = ((~G712));
assign G505 = (G723)|(G511);
assign G231 = ((~G435))|((~G648));
assign II1162 = ((~G13));
assign G280 = (G104)|(G45);
assign G571 = (G81)|(G610);
assign G415 = ((~G423));
assign G327 = ((~G330)&(~G23));
assign G266 = ((~G286))|((~G291));
assign G455 = ((~G456));
assign G186 = ((~G187))|((~G190));
assign G203 = (G202&G37);
assign G96 = ((~G74))|((~G596));
assign G466 = ((~G479)&(~G68));
assign G682 = (G681)|(G699);
assign G451 = (G452&G450);
assign G249 = ((~G263)&(~G44));
assign G220 = ((~G223)&(~G41));
assign G540 = ((~G589));
assign G390 = ((~G391));
assign G367 = ((~G375)&(~G52));
assign G663 = (G664&G662);
assign G349 = (G62)|(G348);
assign G433 = (G356&G357);
assign G545 = ((~G546)&(~G549));
assign G530 = ((~G589));
assign G518 = (G71)|(G67);
assign G154 = (G155&G153);
assign G340 = (G38)|(G355);
assign G726 = ((~II1260));
endmodule